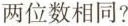
两位数相同?